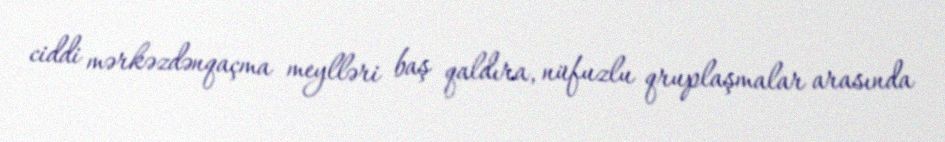
ciddi mərkəzdənqaçma meylləri baş qaldıra, nüfuzlu qruplaşmalar arasında